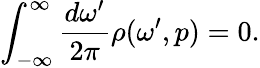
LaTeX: \int_{-\infty}^{\infty}\frac{d\omega^{\prime}}{2\pi}\rho(\omega^{\prime},p)=0.